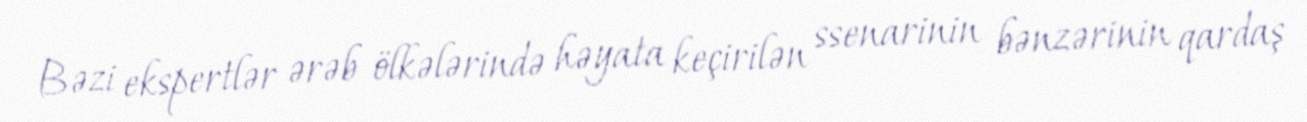
Bəzi ekspertlər ərəb ölkələrində həyata keçirilən ssenarinin bənzərinin qardaş